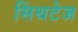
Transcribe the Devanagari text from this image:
सिंथटेज